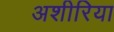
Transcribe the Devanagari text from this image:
अशीरिया